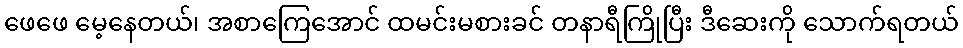
ဖေဖေ မေ့နေတယ်၊ အစာကြေအောင် ထမင်းမစားခင် တနာရီကြိုပြီး ဒီဆေးကို သောက်ရတယ်